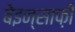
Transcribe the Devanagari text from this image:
बेइन्साफ़ी